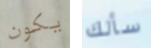
يكون سألك